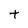
Character: t